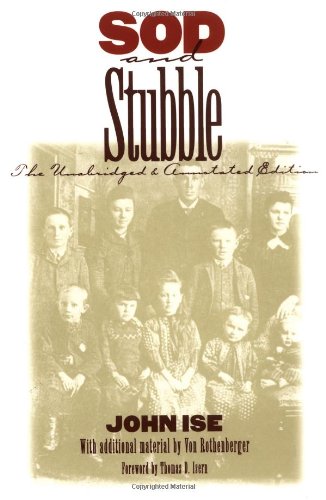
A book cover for Sod and Stubble: The Unabridged and Annotated Edition; John Ise; Biographies & Memoirs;